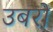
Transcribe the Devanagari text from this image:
उबरो